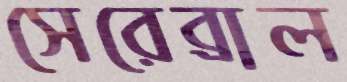
সেরেব্রাল